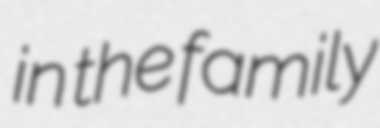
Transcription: in the family